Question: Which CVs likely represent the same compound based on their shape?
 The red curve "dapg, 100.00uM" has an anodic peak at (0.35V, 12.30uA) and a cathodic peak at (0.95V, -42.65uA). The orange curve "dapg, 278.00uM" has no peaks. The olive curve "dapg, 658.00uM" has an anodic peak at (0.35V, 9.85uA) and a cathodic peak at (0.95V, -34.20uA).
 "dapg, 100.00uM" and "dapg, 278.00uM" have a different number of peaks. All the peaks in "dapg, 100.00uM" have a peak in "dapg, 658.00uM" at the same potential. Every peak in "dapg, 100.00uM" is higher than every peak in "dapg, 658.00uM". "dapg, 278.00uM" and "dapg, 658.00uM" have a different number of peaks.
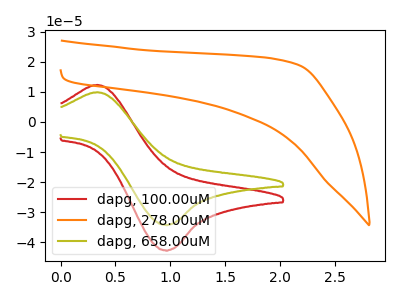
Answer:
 <answer>"dapg, 658.00uM" and "dapg, 100.00uM" have the same shape and are likely CV's of the same chemical.</answer>
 <eval>"dapg, 658.00uM" "dapg, 100.00uM"</eval>